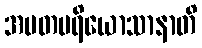
အမတပရိယောသာနာတိ